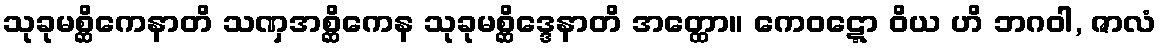
သုခုမစ္ဆိကေနာတိ သဏှအစ္ဆိကေန သုခုမစ္ဆိဒ္ဒေနာတိ အတ္ထော။ ကေဝဋ္ဋော ဝိယ ဟိ ဘဂဝါ, ဇာလံ